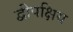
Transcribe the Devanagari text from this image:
द्वीपक्षिय